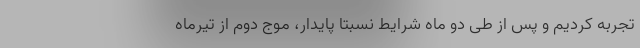
تجربه کردیم و پس از طی دو ماه شرایط نسبتا پایدار، موج دوم از تیرماه